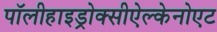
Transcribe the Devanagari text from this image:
पॉलीहाइड्रोक्सीऐल्केनोएट